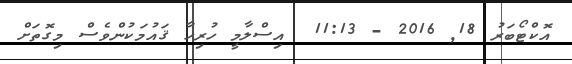
އޮކްޓޯބަރު 18